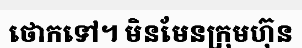
ថោកទៅ។ មិនមែនក្រុមហ៊ុន